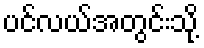
ပင်လယ်အတွင်းသို့